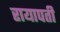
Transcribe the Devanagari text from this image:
रायापती